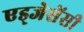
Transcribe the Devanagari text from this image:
एड्जेसेंसी